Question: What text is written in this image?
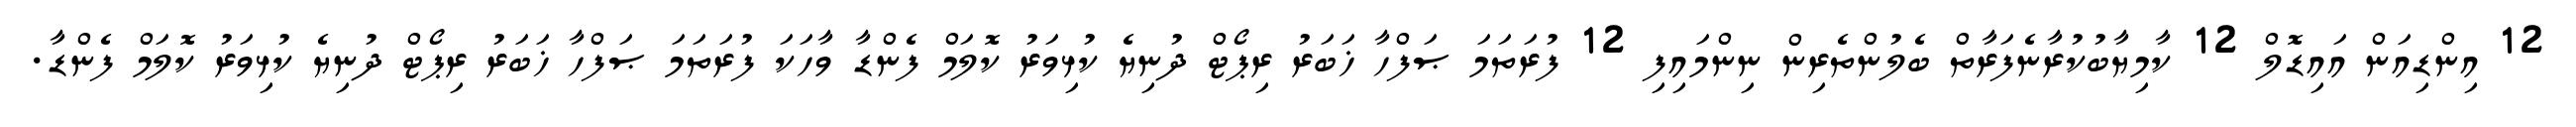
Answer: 12 އިންޑިއަން އައިޑޮލް 12 ކާމިޔާބުކުރާނެފަރާތް ބެލުންތެރިން ނިންމައިފި 12 ފުރަތަމަ ޞަފްހާ ޚަބަރު ރިޕޯޓް ދުނިޔެ ކުޅިވަރު ކޮލަމް ފެންޑާ ވާހަކަ ފުރަތަމަ ޞަފްހާ ޚަބަރު ރިޕޯޓް ދުނިޔެ ކުޅިވަރު ކޮލަމް ފެންޑާ.